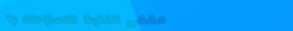
مقهى النخبة للاستراحات وا